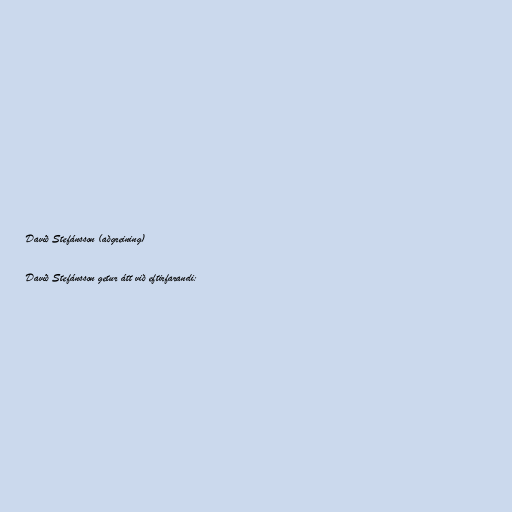
Davíð Stefánsson (aðgreining)

Davíð Stefánsson getur átt við eftirfarandi: